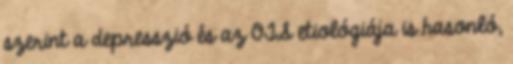
szerint a depresszió és az OTS etiológiája is hasonló,